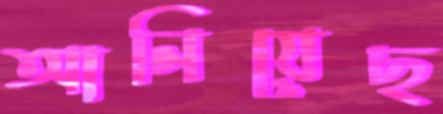
আনিয়েছ